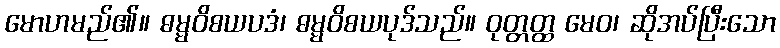
မောဟမည်၏။ ဓမ္မဝိစယပဒံ၊ ဓမ္မဝိစယပုဒ်သည်။ ဝုတ္တတ္ထ မေဝ၊ ဆိုအပ်ပြီးသော